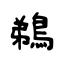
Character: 鵜